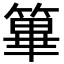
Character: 篳